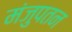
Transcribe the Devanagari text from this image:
मंजुपतन